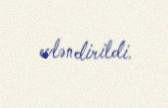
evləndirildi.